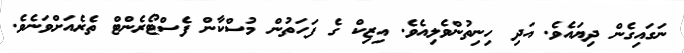
ނަގައިގެން ދިޔައެވެ. އަދި ހިނިތުންވެލިއެވެ. އިޒިކް ގެ ފަހަތުން މުސްކާން ފެސްޓޯރެންޓް ތެރެއަށްވަނެވެ.